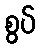
စွပ်